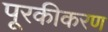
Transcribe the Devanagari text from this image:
पूरकीकरण